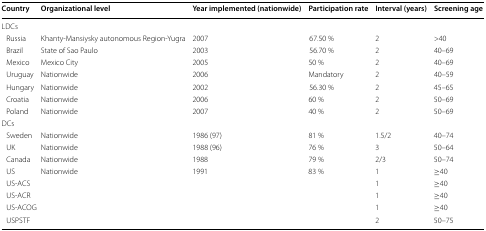
<table><thead><tr><td><b>Country</b></td><td><b>Organizational level</b></td><td><b>Year implemented (nationwide)</b></td><td><b>Participation rate</b></td><td><b>Interval (years)</b></td><td><b>Screening age</b></td></tr></thead><tbody><tr><td colspan="6">LDCs</td></tr><tr><td> Russia</td><td>Khanty-Mansiysky autonomous Region-Yugra</td><td>2007</td><td>67.50 %</td><td>2</td><td>&gt;40</td></tr><tr><td> Brazil</td><td>State of Sao Paulo</td><td>2003</td><td>56.70 %</td><td>2</td><td>40–69</td></tr><tr><td> Mexico</td><td>Mexico City</td><td>2005</td><td>50 %</td><td>2</td><td>40–69</td></tr><tr><td> Uruguay</td><td>Nationwide</td><td>2006</td><td>Mandatory</td><td>2</td><td>40–59</td></tr><tr><td> Hungary</td><td>Nationwide</td><td>2002</td><td>56.30 %</td><td>2</td><td>45–65</td></tr><tr><td> Croatia</td><td>Nationwide</td><td>2006</td><td>60 %</td><td>2</td><td>50–69</td></tr><tr><td> Poland</td><td>Nationwide</td><td>2007</td><td>40 %</td><td>2</td><td>50–69</td></tr><tr><td colspan="6">DCs</td></tr><tr><td> Sweden</td><td>Nationwide</td><td>1986 (97)</td><td>81 %</td><td>1.5/2</td><td>40–74</td></tr><tr><td> UK</td><td>Nationwide</td><td>1988 (96)</td><td>76 %</td><td>3</td><td>50–64</td></tr><tr><td> Canada</td><td>Nationwide</td><td>1988</td><td>79 %</td><td>2/3</td><td>50–74</td></tr><tr><td> US</td><td>Nationwide</td><td>1991</td><td>83 %</td><td>1</td><td>≥40</td></tr><tr><td> US-ACS</td><td>[EMPTY_CELL]</td><td>[EMPTY_CELL]</td><td>[EMPTY_CELL]</td><td>1</td><td>≥40</td></tr><tr><td> US-ACR</td><td>[EMPTY_CELL]</td><td>[EMPTY_CELL]</td><td>[EMPTY_CELL]</td><td>1</td><td>≥40</td></tr><tr><td> US-ACOG</td><td>[EMPTY_CELL]</td><td>[EMPTY_CELL]</td><td>[EMPTY_CELL]</td><td>1</td><td>≥40</td></tr><tr><td> USPSTF</td><td>[EMPTY_CELL]</td><td>[EMPTY_CELL]</td><td>[EMPTY_CELL]</td><td>2</td><td>50–75</td></tr></tbody></table>